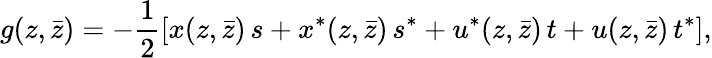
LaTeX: g(z,\bar{z})=-\frac{1}{2}\left[x(z,\bar{z})\, s+x^{*}(z,\bar{z})\, s^{*}+u^{*}(z,\bar{z})\, t+u(z,\bar{z})\, t^{*}\right],